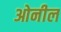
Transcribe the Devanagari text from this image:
ओनील